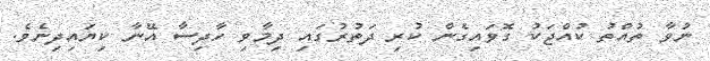
ނުވާ ތުއްތު ކުއްޖަކު ގޮވައިގެން ކުރި ދަތުރުގައި ދިމާވި ހާދިސާ އޭނާ ކިޔައިދިނެވެ.